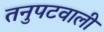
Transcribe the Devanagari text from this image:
तनुपटवाली